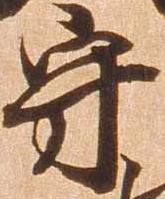
守